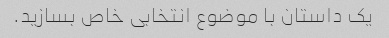
یک داستان با موضوع انتخابی خاص بسازید.